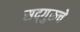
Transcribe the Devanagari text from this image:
सद्‌गुरूचे